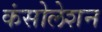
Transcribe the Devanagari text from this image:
कंसोलेशन